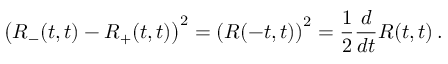
\left( R _ { - } ( t , t ) - R _ { + } ( t , t ) \right) ^ { 2 } = \left( R ( - t , t ) \right) ^ { 2 } = { \frac { 1 } { 2 } } { \frac { d } { d t } } R ( t , t ) \, .